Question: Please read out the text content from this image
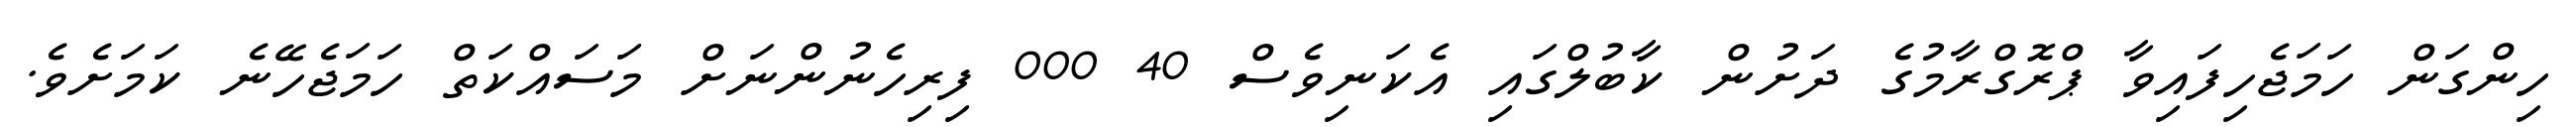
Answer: ހިންގަން ހަމަޖެހިފައިވާ ޕްރޮގްރާމުގެ ދަށުން ކާބުލްގައި އެކަނިވެސް 40 000 ފިރިހެނުންނަށް މަސައްކަތް ހަމަޖެހޭނެ ކަމަށެވެ.